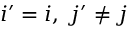
i ^ { \prime } = i , \; j ^ { \prime } \neq j